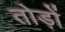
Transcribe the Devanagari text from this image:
तोड़ों